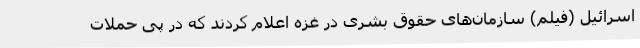
اسرائیل (فیلم) سازمان‌های حقوق بشری در غزه اعلام کردند که در پی حملات